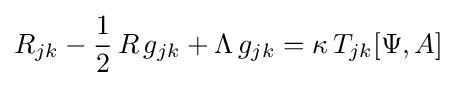
R_{jk}-{\frac {1}{2}}\,R\,g_{jk}+\Lambda \,g_{jk}=\kappa \,T_{jk}[\Psi ,A]